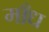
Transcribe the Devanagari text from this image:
माँध